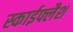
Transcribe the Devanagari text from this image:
स्काईफ्लैश